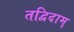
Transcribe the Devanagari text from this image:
तद्विदाम्